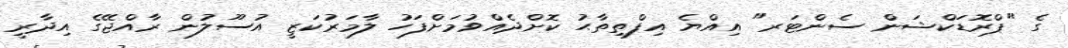
ގެ "ޕްރޮޑަކްޝަން ސެންޓަރ" އިއްޔެ އިފްތިތާޙު ކޮށްދެއްވުމަށްފަހު ލާމަރުކަޒީ އުސޫލުން ރާއްޖޭގެ އިދާރީ